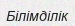
Білімділік